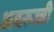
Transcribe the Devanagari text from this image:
अबरूज्जी